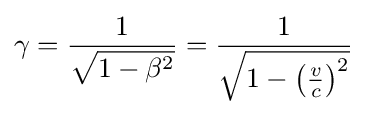
\gamma ={\frac {1}{\sqrt {1-\beta ^{2}}}}={\frac {1}{\sqrt {1-\left({\frac {v}{c}}\right)^{2}}}}